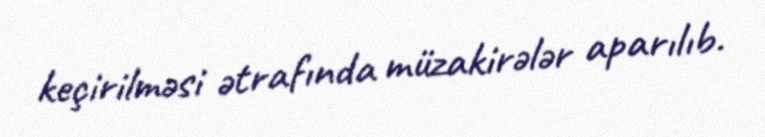
keçirilməsi ətrafında müzakirələr aparılıb.